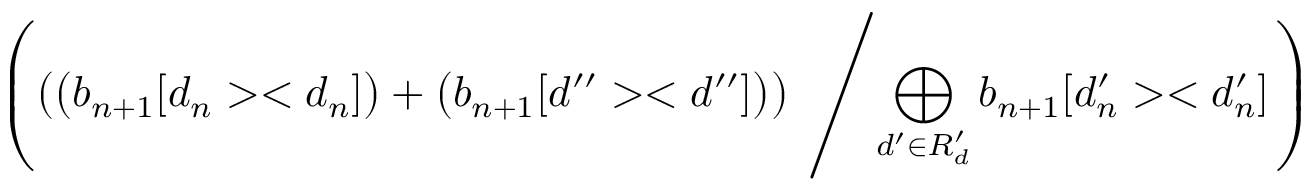
\left( \left( \left( b _ { n + 1 } [ d _ { n } > < d _ { n } ] \right) + \left( b _ { n + 1 } [ d ^ { \prime \prime } > < d ^ { \prime \prime } ] \right) \right) \; \left/ \bigoplus _ { d ^ { \prime } \in R _ { d } ^ { \prime } } b _ { n + 1 } [ d _ { n } ^ { \prime } > < d _ { n } ^ { \prime } ] \right. \right)